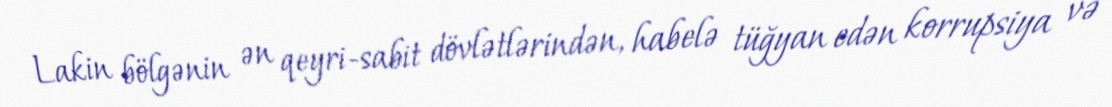
Lakin bölgənin ən qeyri-sabit dövlətlərindən, habelə tüğyan edən korrupsiya və